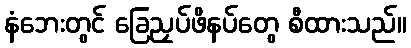
နံဘေးတွင် ခြေညှပ်ဖိနပ်တွေ စီထားသည်။